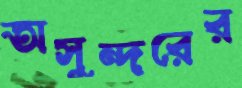
অসুন্দরের